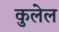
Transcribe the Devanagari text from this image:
कुलेल